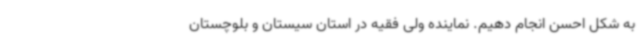
به شکل احسن انجام دهیم. نماینده ولی فقیه در استان سیستان و بلوچستان